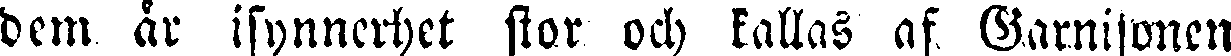
dem år isynnerhet stor och kallas af Garnisonen